Civil Veterinary Department. United Provinces 1923-31 - 1923-1931
Year: 1923
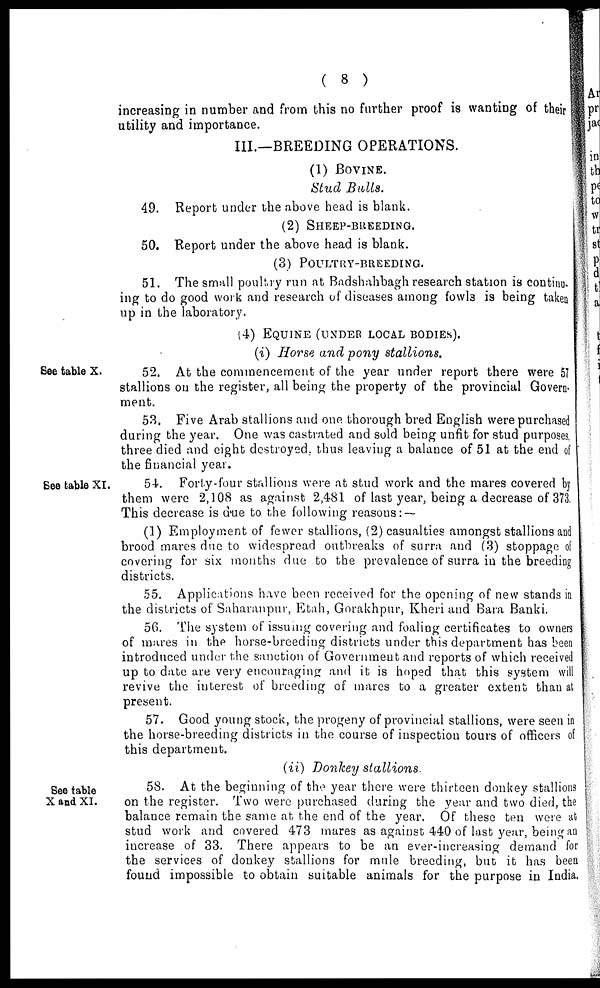
( 8 )
increasing in number and from this no further proof is wanting of their
utility and importance.
III.—BREEDING OPERATIONS.
(1) BOVINE.
Stud Balls.
49. Report under the above head is blank.
(2) SHEEP-BREEDING.
50. Report under the above head is blank.
(3) POULTRY-BREEDING.
51. The small poultry run at Badshahbagh research station is continu-
ing to do good work and research of diseases among fowl3 is being taken
up in the laboratory.
(4) EQUINE (UNDER LOCAL BODIES).
(i) Horse and pony stallions.
Bee table X.
52. At the commencement of the year under report there were 5?
stallions on the register, all being the property of the provincial Govern-
ment.
53. Five Arab stallions and one thorough bred English were purchased
during the year. One was castrated and sold being unfit for stud purposes,
three died and eight destroyed, thus leaving a balance of 51 at the end of
the financial year.
Bee table XI.
54. Forty-four stallions were at stud work and the mares covered by
them were 2,108 as against 2,481 of last year, being a decrease of 373,
This decrease is due to the following reasons : —
(1) Employment of fewer stallions, (2) casualties amongst stallions and
brood mares due to widespread outbreaks of surra and (3) stoppage of
covering for six months due to the prevalence of surra in the breeding
districts.
55. Applications have been received for the opening of new stands in
the districts of Saharanpur, Etah, Gorakhpur, Kheri and Bara Banki.
56. The system of issuing covering and foaling certificates to owners
of mares in the horse-breeding districts under this department has been
introduced under the sanction of Government and reports of which received
up to date are very encouraging and it is hoped that this system will
revive the interest of breeding of mares to a greater extent than at
present.
57. Good young stock, the progeny of provincial stallions, were seen in
the horse-breeding districts in the course of inspection tours of officers of
this department.
(ii) Donkey stallions.
Bee table
X and XI.
58. At the beginning of the year there were thirteen donkey stallions
on the register. Two were purchased during the year and two died, the
balance remain the same at the end of the year. Of these ten were at
stud work and covered 473 mares as against 440 of last year, being an
increase of 33. There appears to be an ever-increasing demand for
the services of donkey stallions for mule breeding, but it has been
found impossible to obtain suitable animals for the purpose in India.